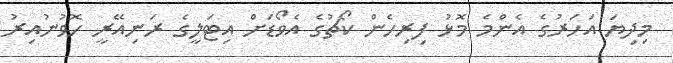
މިދިޔަ އަހަރުގެ އެންމެ މޮޅު ފިރިހެން ކޯޗުގެ އެވޯޑަށް އިޓަލީގެ ރަނިއޭރީ ހޮވުނުއިރު